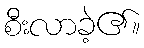
စီးလာခဲ့၏။